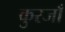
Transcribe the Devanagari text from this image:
कुरजाँ